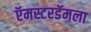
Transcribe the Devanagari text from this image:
ऍमस्टरडॅमला